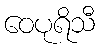
ဝေပုရိသီ